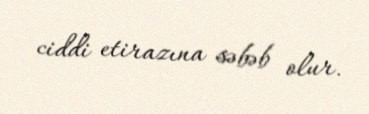
ciddi etirazına səbəb olur.